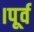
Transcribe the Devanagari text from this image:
।पूर्व